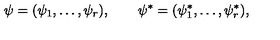
\psi = ( \psi _ { 1 } , \ldots , \psi _ { r } ) , \qquad \psi ^ { * } = ( \psi _ { 1 } ^ { * } , \ldots , \psi _ { r } ^ { * } ) ,